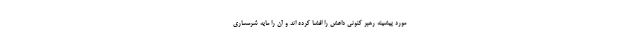
مورد پیشینه رهبر کنونی داعش را افشا کرده اند و آن را مایه شرمساری